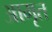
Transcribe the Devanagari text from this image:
आमृत